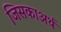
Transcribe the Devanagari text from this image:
जिसकाअर्थ